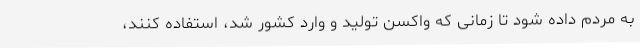
به مردم داده شود تا زمانی که واکسن تولید و وارد کشور شد، استفاده کنند،